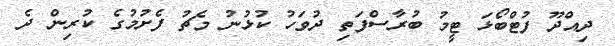
ދިއްދޫ ފުޓްބޯޅަ ޓީީމު ބުރާސްފަތި ދުވަހު ކުޅުނު މެޗު ފެށުމުގެ ކުރިން ދެ